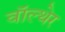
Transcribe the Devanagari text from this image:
वॉल्थेर